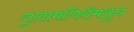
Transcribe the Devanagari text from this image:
गुलामगिरीमधून